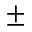
\pm